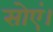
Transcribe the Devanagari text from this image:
सोएं।